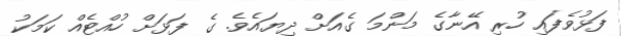
ފަޅުވެފައި ހުރި އޭނާގެ މަންމަ ގެއަށް ދިޔައެވެ. ގެ ފަޅަށް ހުއްޓެއް ކަމަކު